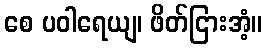
စေ ပဝါရေယျ၊ ဖိတ်ငြားအံ့။